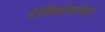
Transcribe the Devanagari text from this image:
मेक्सिकोवासियों